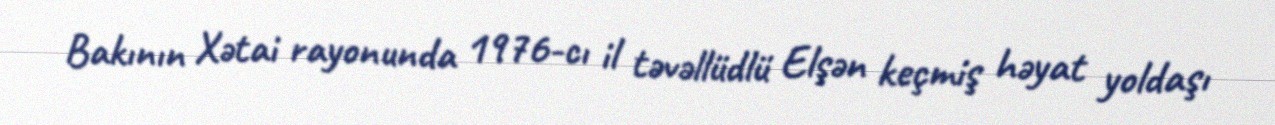
Bakının Xətai rayonunda 1976-cı il təvəllüdlü Elşən keçmiş həyat yoldaşı